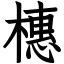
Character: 橞